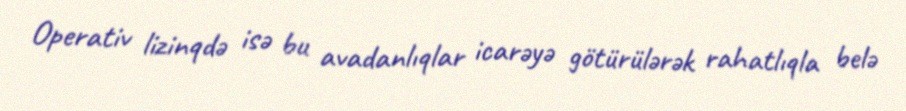
Operativ lizinqdə isə bu avadanlıqlar icarəyə götürülərək rahatlıqla belə